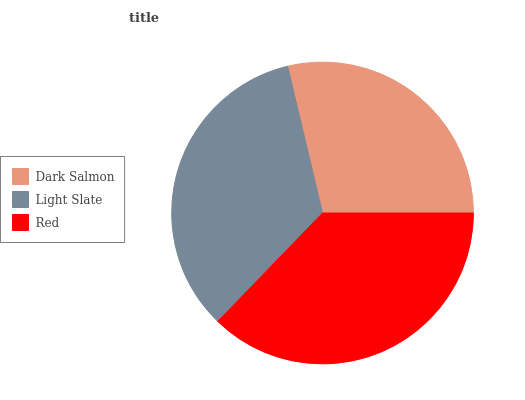
| Dark Salmon | Light Slate | Red |
 | --- | --- | --- |
 | 28.7% | 34.1% | 37.3% |